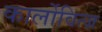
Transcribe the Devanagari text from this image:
कार्लोवित्ज़